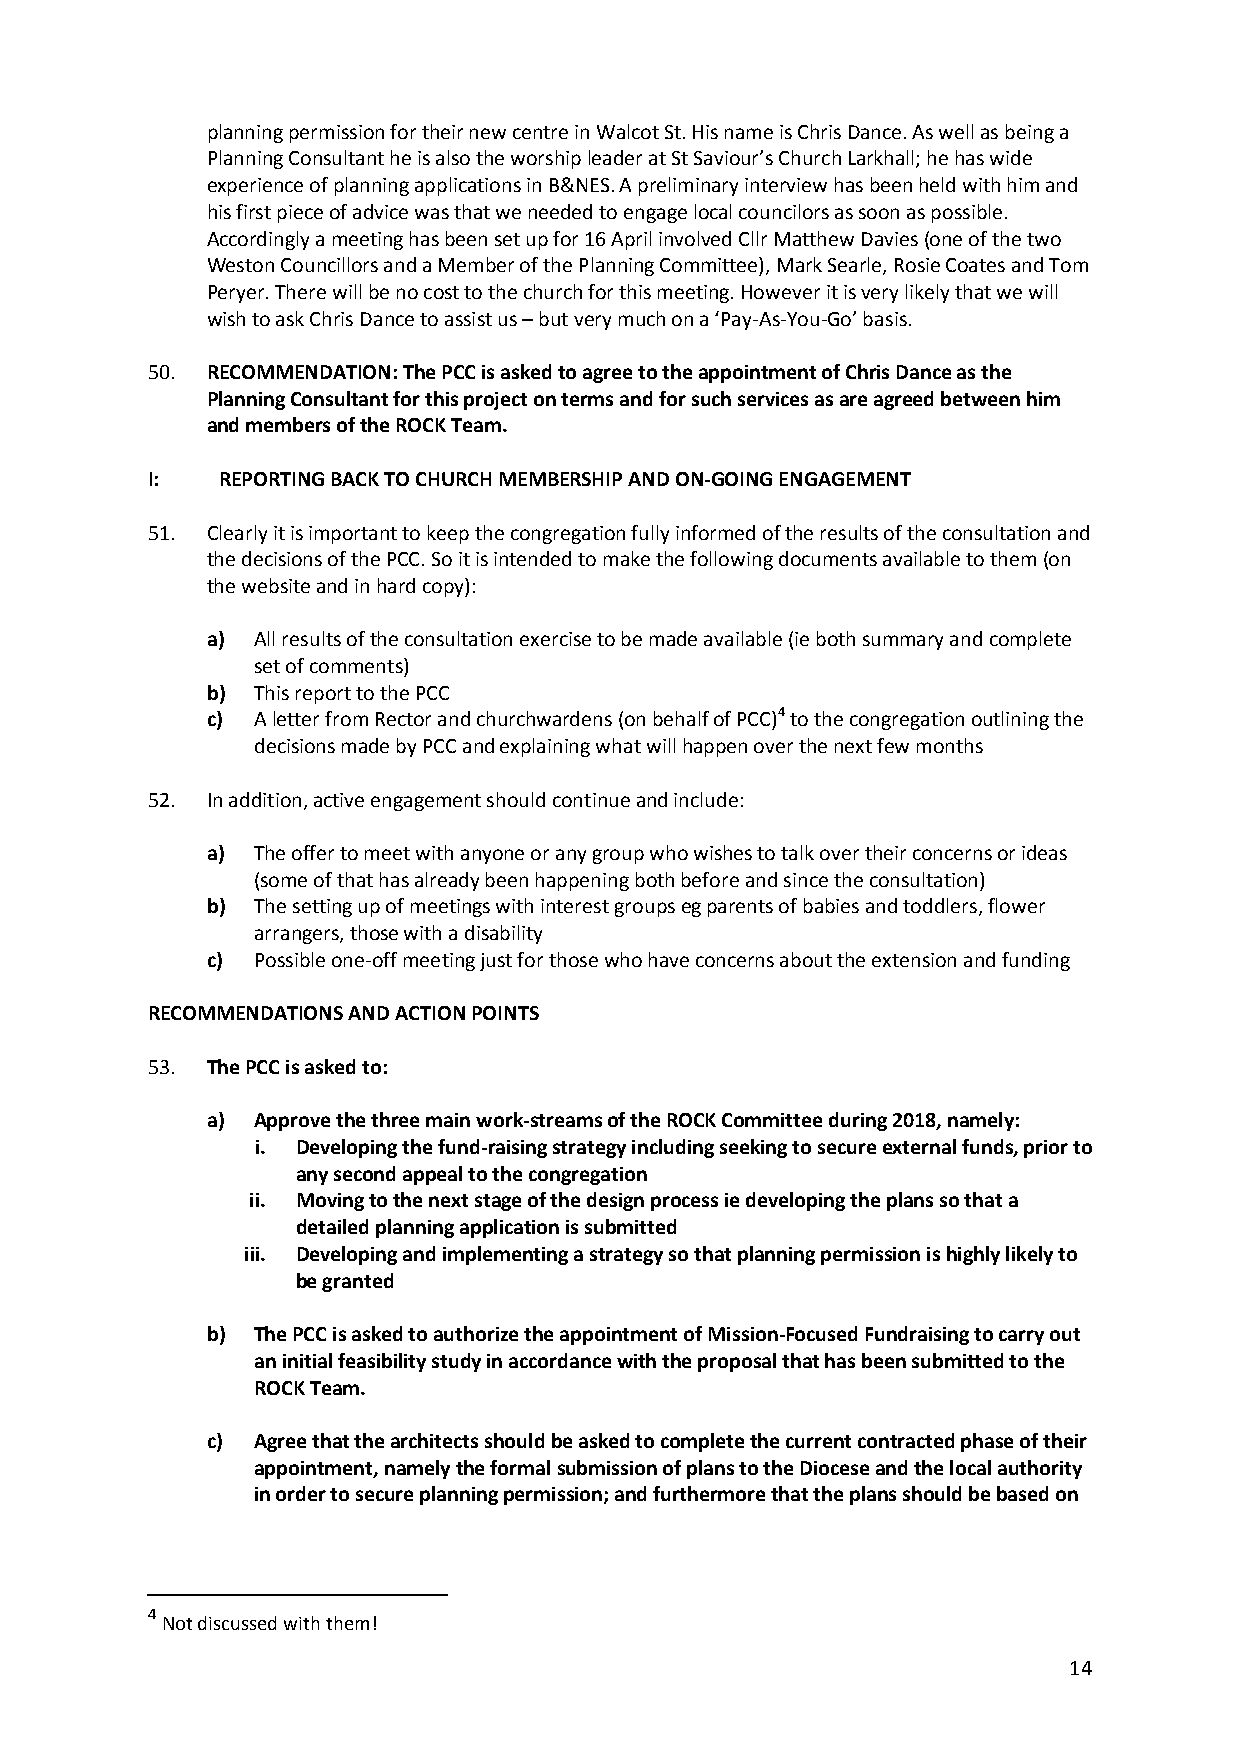
planning permission for their new centre in Walcot St. His name is Chris Dance. As well as being a
 Planning Consultant he is also the worship leader at St Saviour’s Church Larkhall; he has wide
 experience of planning applications in B&NES. A preliminary interview has been held with him and
 his first piece of advice was that we needed to engage local councilors as soon as possible.
 Accordingly a meeting has been set up for 16 April involved Cllr Matthew Davies (one of the two
 Weston Councillors and a Member of the Planning Committee), Mark Searle, Rosie Coates and Tom
 Peryer. There will be no cost to the church for this meeting. However it is very likely that we will
 wish to ask Chris Dance to assist us – but very much on a ‘Pay-As-You-Go’ basis.
 50. RECOMMENDATION: The PCC is asked to agree to the appointment of Chris Dance as the
 Planning Consultant for this project on terms and for such services as are agreed between him
 and members of the ROCK Team.
 I:   REPORTING BACK TO CHURCH MEMBERSHIP AND ON-GOING ENGAGEMENT
 51. Clearly it is important to keep the congregation fully informed of the results of the consultation and
 the decisions of the PCC. So it is intended to make the following documents available to them (on
 the website and in hard copy):
 a) All results of the consultation exercise to be made available (ie both summary and complete
 set of comments)
 b) This report to the PCC
 c) A letter from Rector and churchwardens (on behalf of PCC)4 to the congregation outlining the
 decisions made by PCC and explaining what will happen over the next few months
 52. In addition, active engagement should continue and include:
 a) The offer to meet with anyone or any group who wishes to talk over their concerns or ideas
 (some of that has already been happening both before and since the consultation)
 b) The setting up of meetings with interest groups eg parents of babies and toddlers, flower
 arrangers, those with a disability
 c) Possible one-off meeting just for those who have concerns about the extension and funding
 RECOMMENDATIONS AND ACTION POINTS
 53. The PCC is asked to:
 a) Approve the three main work-streams of the ROCK Committee during 2018, namely:
 i. Developing the fund-raising strategy including seeking to secure external funds, prior to
 any second appeal to the congregation
 ii. Moving to the next stage of the design process ie developing the plans so that a
 detailed planning application is submitted
 iii. Developing and implementing a strategy so that planning permission is highly likely to
 be granted
 b) The PCC is asked to authorize the appointment of Mission-Focused Fundraising to carry out
 an initial feasibility study in accordance with the proposal that has been submitted to the
 ROCK Team.
 c) Agree that the architects should be asked to complete the current contracted phase of their
 appointment, namely the formal submission of plans to the Diocese and the local authority
 in order to secure planning permission; and furthermore that the plans should be based on
 4
 Not discussed with them!
 14